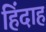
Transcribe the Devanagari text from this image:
हिंदाह